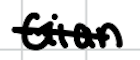
Text: Gian
Cross-out: single-line
Writing tool: digital_black